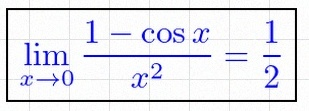
\lim_{x\to0}\frac{1-\cos x}{x^2}=\frac12